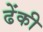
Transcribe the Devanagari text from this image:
ढेंकी